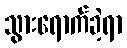
သွားရောက်ခဲ့ရာ